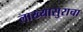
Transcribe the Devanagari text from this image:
लाख्यासुराचा